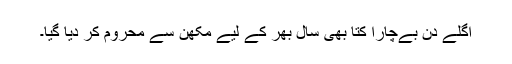
اگلے دن بےچارا کتّا بھی سال بھر کے لیے مکھّن سے محروم کر دیا گیا۔